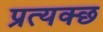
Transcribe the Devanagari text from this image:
प्रत्यक्छ